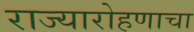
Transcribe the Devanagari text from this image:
राज्यारोहणाचा